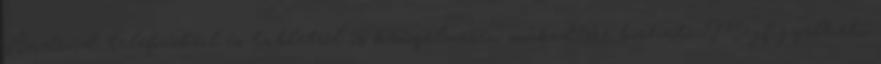
Android telefonokról és tabletről is kényelmesen működésre bírható. Megfigyelheti